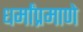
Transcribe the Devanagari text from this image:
धर्मांप्रमाणे